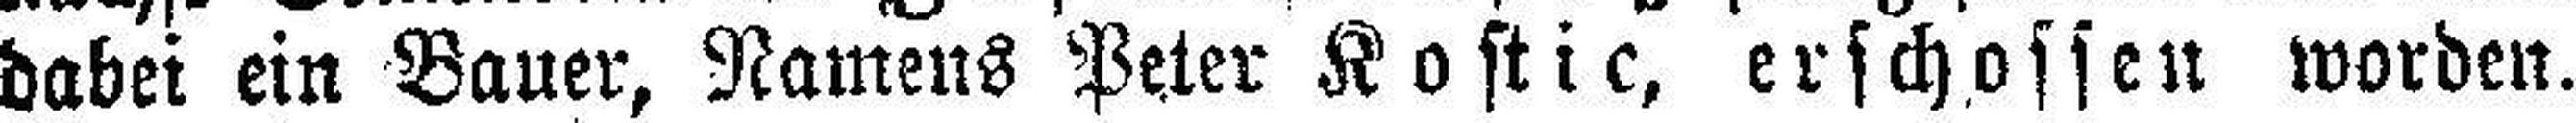
dabei ein Bauer, Namens Peter Kostic, erschossen worden.